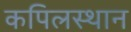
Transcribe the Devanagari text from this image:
कपिलस्थान